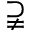
\supsetneqq